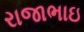
રાજાભાઇ